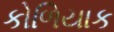
કોળિયાક